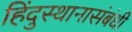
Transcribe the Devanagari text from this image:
हिंदुस्थानासंबंधी